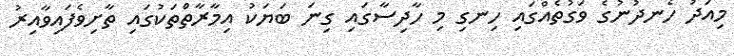
މިއަދު ހެނދުނުގެ ވަގުތެއްގައި ހިނގި މި ހާދިސާގައި ގިނަ ބަޔަކު އިމާރާތްތަކުގައި ތާށިވެފައިވާއިރު